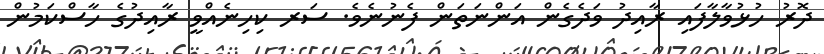
ދޮރު ހުޅުވާލާފައި ރާއިދު ވަދެގެން އަންނަތަން ފެނުނެވެ. ސަރ ކިހިނެއްވީ ރާއިދުގެ ހާސްކަމުން